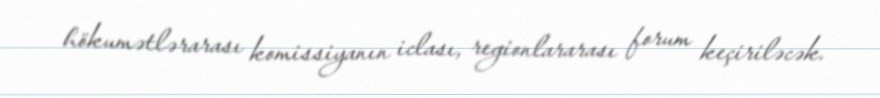
hökumətlərarası komissiyanın iclası, regionlararası forum keçiriləcək.